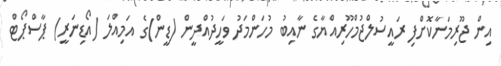
އިން ޖޫރިމަނާކޮށްފި ރައީސުލްޖުމްހޫރިއްޔާގެ ނާއިބު މުހަންމަދު ވަހީދުއްދީން (ޑީން)ގެ އަމިއްލަ (އޯޑިނަރީ) ޕާސްޕޯޓް